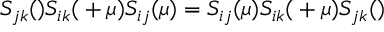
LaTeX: S _ { j k } ( \l ) S _ { i k } ( \l + \mu ) S _ { i j } ( \mu ) = S _ { i j } ( \mu ) S _ { i k } ( \l + \mu ) S _ { j k } ( \l )